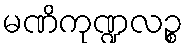
မဏိကုဏ္ဍလဉ္စ